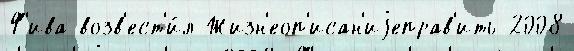
Ф'ива возв'ест'и́л Жизн'еоп'исан'иjеправ'ить 2008